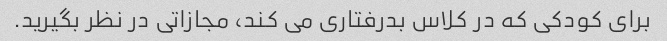
برای کودکی که در کلاس بدرفتاری می کند، مجازاتی در نظر بگیرید.